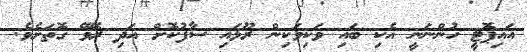
އައިޕޮޓީ ހުންނަނީ އެކި ބައި ވަކިވަކިން ރޫޅައި ސާފުކޮށް އަދި ރޭވޭ ގޮތަށެވެ.